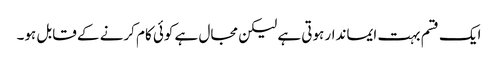
ایک قسم بہت ایماندار ہوتی ہے لیکن مجال ہے کوئی کام کرنے کے قابل ہو۔